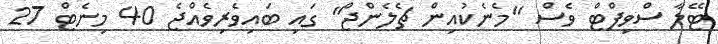
ޓޭލާ ސްވިފްޓް ވެސް "މެނެކުއިން ޗެލެންޖް" ގައި ބައިވެރިވެއްޖެ 40 މިނެޓް 27